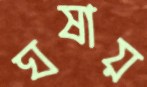
ঘষায়